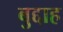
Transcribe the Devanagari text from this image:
बुद्दाह